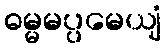
ဓမ္မမပ္ပမေယျံ